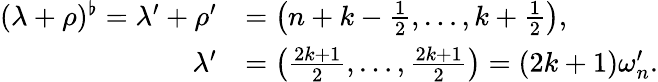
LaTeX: \begin{array}{rl}{(\lambda+\rho)^{\flat}=\lambda^{\prime}+\rho^{\prime}}&{=\left(n+k-\frac{1}{2},\ldots,k+\frac{1}{2}\right),}\\ {\lambda^{\prime}}&{=\left(\frac{2k+1}{2},\ldots,\frac{2k+1}{2}\right)=(2k+1)\omega_{n}^{\prime}.}\end{array}